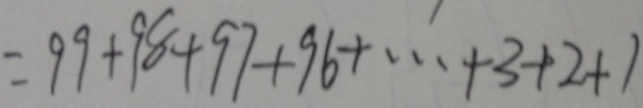
= 9 9 + 9 8 + 9 7 + 9 6 + \cdots + 3 + 2 + 1